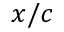
x / c